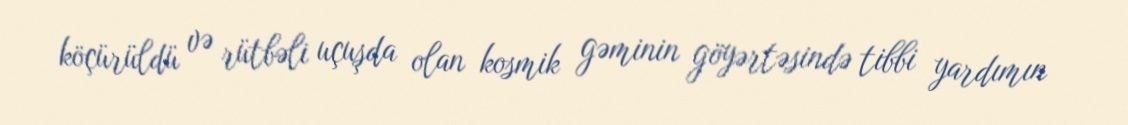
köçürüldü və rütbəli uçuşda olan kosmik gəminin göyərtəsində tibbi yardımın